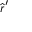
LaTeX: { \hat { \boldsymbol { r } } } ^ { \prime }